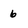
Character: 6